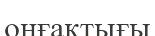
оңғақтығы